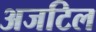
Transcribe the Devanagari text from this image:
अजटिल